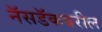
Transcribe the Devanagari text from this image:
नॅसडॅकवरील